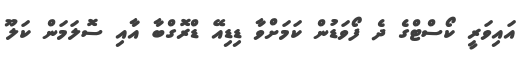
އައިވަރީ ކޯސްޓްގެ ދެ ފޯވަޑުން ކަމަށްވާ ޑިޑިއޭ ޑްރޮގްބާ އާއި ސޮލަމަން ކަލޫ